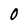
Character: 0